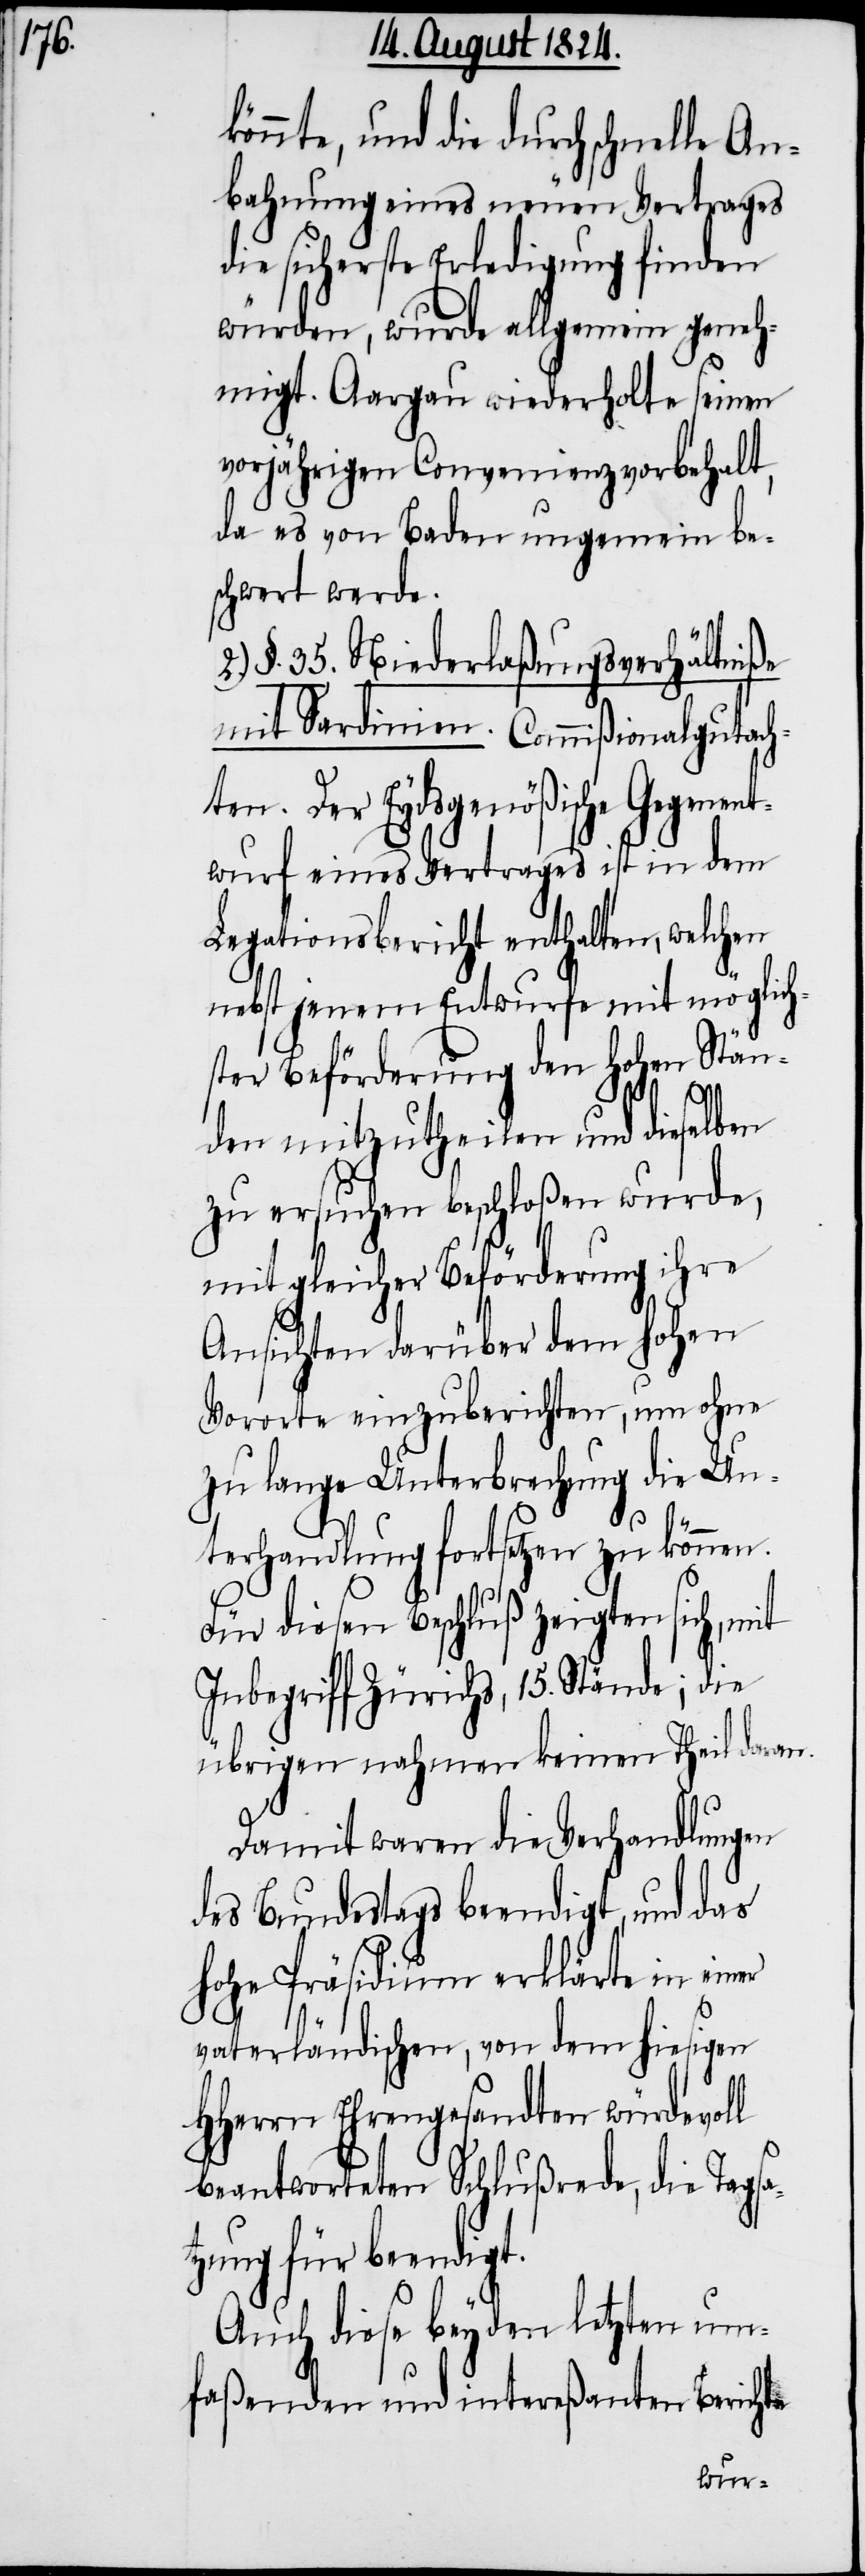
könnte, und die durch schnelle An¬
bahnung eines neuen Vertrages
die sicherste Erledigung finden
würden, wurde allgemeine geneh¬
migt. Aargau wiederholte seinen
vorjährigen Convenienzvorbehalt,
da es von Baden ungemein be¬
schwert werde.
§. 35. Niederlaßungsverhältniße
mit Sardinien. Commißionalgutach¬
ten. Der Eydsgenößische Gegen¬
wurf eines Vertrages ist in dem
Legationsbericht enthalten, welchen
nebst jenem Entwurfe mit möglich¬
ster Beförderung den Hohen Stän¬
den mitzutheilen und dieselben
zu ersuchen beschloßen wurde,
mit gleicher Beförderung ihre
Ansichten darüber dem hohen
Vororte einzuberichten, um ohne
zu lange Unterbrechung die Un¬
ent¬
terhandlung fortsetzen zu können.
Für diesen Beschluß zeigten sich, mit
Inbegriff Zürichs, 15. Stände; die
übrigen nahmen keinen Theil daran.
Damit waren die Verhandlungen
des Bundestags beendigt, und das
hohe Präsidium erklärte in einer
vaterländischen, von dem hiesigen
HHerrn Ehrengesandten würdevoll
beantworteten Schlußrede, die Tagsa¬
tzung für beendigt.
Auch diese bey den letzten um¬
faßenden und intereßanten Berichte